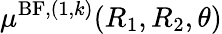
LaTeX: \mu^{\mathrm{BF},(1,k)}(R_{1},R_{2},\theta)